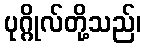
ပုဂ္ဂိုလ်တို့သည်၊